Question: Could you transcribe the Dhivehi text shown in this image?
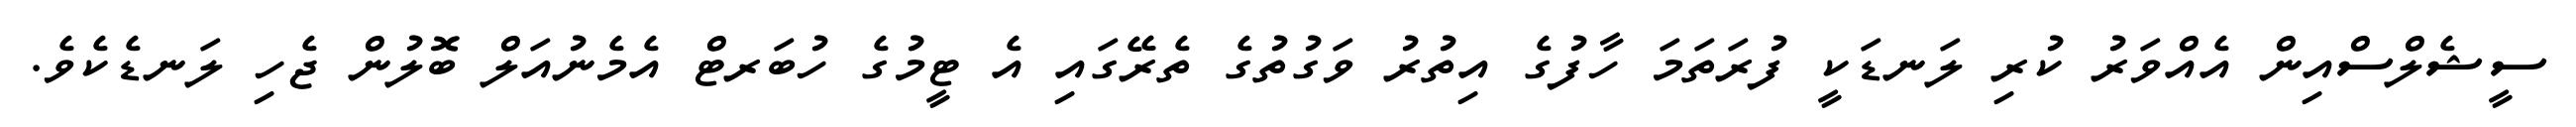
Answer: ސީޝެލްސްއިން އެއްވަރު ކުރި ލަނޑަކީ ފުރަތަމަ ހާފުގެ އިތުރު ވަގުތުގެ ތެރޭގައި އެ ޓީމުގެ ހުބަރޓް އެމެނުއަލް ބޮލުން ޖެހި ލަނޑެކެވެ.